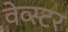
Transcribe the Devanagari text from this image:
वेव्स्टर